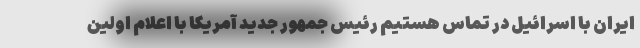
ایران با اسرائیل در تماس هستیم رئیس جمهور جدید آمریکا با اعلام اولین